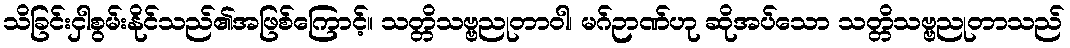
သိခြင်းငှါစွမ်းနိုင်သည်၏အဖြစ်ကြောင့်။ သတ္တိသဗ္ဗညုတာဝါ၊ မဂ်ဉာဏ်ဟု ဆိုအပ်သော သတ္တိသဗ္ဗညုတာသည်